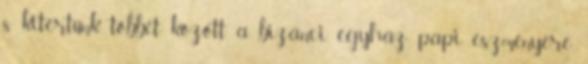
s kitértünk többet között a bizánci egyház papi eszményére